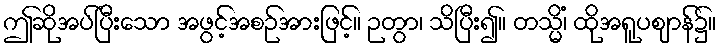
ဤဆိုအပ်ပြီးသော အဖွင့်အစဉ်အားဖြင့်။ ဉတွာ၊ သိပြီး၍။ တသ္မိံ၊ ထိုအရူပဈာန်၌။